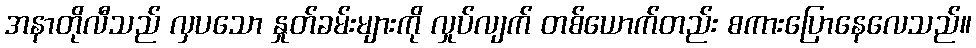
အနာတိုလီသည် လှပသော နှုတ်ခမ်းများကို လှုပ်လျက် တစ်ယောက်တည်း စကားပြောနေလေသည်။